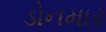
ડોનમાર